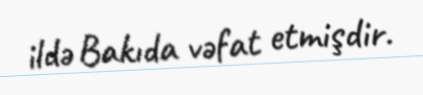
ildə Bakıda vəfat etmişdir.